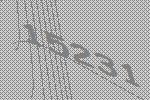
15231